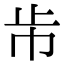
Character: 𣥈